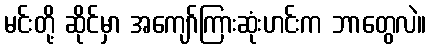
မင်းတို့ ဆိုင်မှာ အကျော်ကြားဆုံးဟင်းက ဘာတွေလဲ။